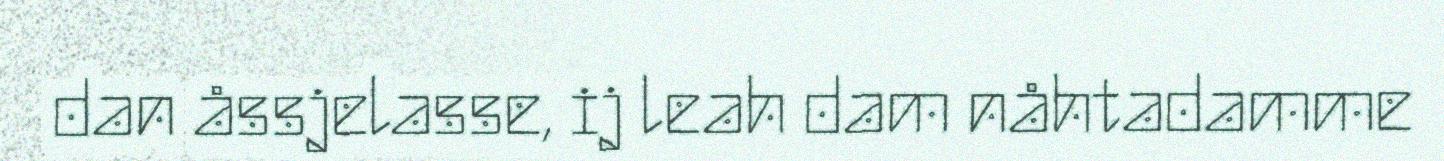
dan åssjelasse, ij leah dam nåhtadamme